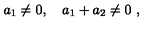
a _ { 1 } \neq 0 , \quad a _ { 1 } + a _ { 2 } \neq 0 \ ,